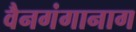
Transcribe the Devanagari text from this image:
वैनगंगानाग